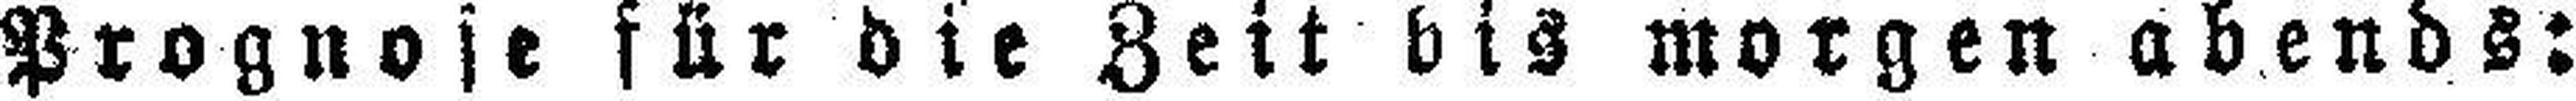
Prognose für die Zeit bis morgen abends: